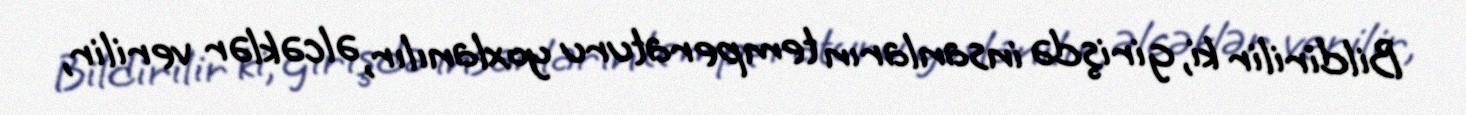
Bildirilir ki, girişdə insanların temperaturu yoxlanılır, əlcəklər verilir,